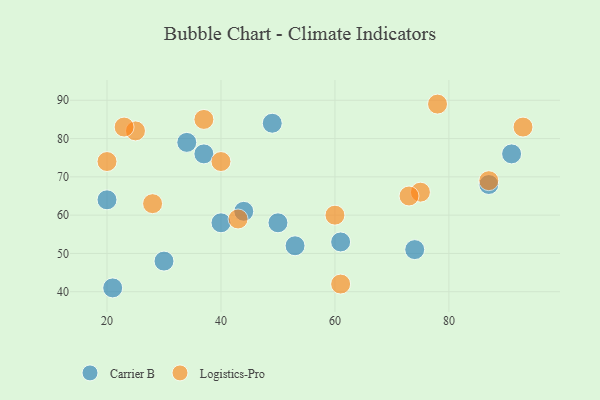
{"axis": {"x": "GDP", "y": "Life Expectancy"}, "legend": ["Carrier B", "Logistics-Pro"], "data": [{"x": "53", "y": 52, "type": "Carrier B"}, {"x": "91", "y": 76, "type": "Carrier B"}, {"x": "61", "y": 53, "type": "Carrier B"}, {"x": "44", "y": 61, "type": "Carrier B"}, {"x": "20", "y": 64, "type": "Carrier B"}, {"x": "34", "y": 79, "type": "Carrier B"}, {"x": "74", "y": 51, "type": "Carrier B"}, {"x": "50", "y": 58, "type": "Carrier B"}, {"x": "30", "y": 48, "type": "Carrier B"}, {"x": "49", "y": 84, "type": "Carrier B"}, {"x": "37", "y": 76, "type": "Carrier B"}, {"x": "21", "y": 41, "type": "Carrier B"}, {"x": "40", "y": 58, "type": "Carrier B"}, {"x": "87", "y": 68, "type": "Carrier B"}, {"x": "25", "y": 82, "type": "Logistics-Pro"}, {"x": "60", "y": 60, "type": "Logistics-Pro"}, {"x": "87", "y": 69, "type": "Logistics-Pro"}, {"x": "75", "y": 66, "type": "Logistics-Pro"}, {"x": "78", "y": 89, "type": "Logistics-Pro"}, {"x": "43", "y": 59, "type": "Logistics-Pro"}, {"x": "93", "y": 83, "type": "Logistics-Pro"}, {"x": "73", "y": 65, "type": "Logistics-Pro"}, {"x": "23", "y": 83, "type": "Logistics-Pro"}, {"x": "20", "y": 74, "type": "Logistics-Pro"}, {"x": "28", "y": 63, "type": "Logistics-Pro"}, {"x": "37", "y": 85, "type": "Logistics-Pro"}, {"x": "61", "y": 42, "type": "Logistics-Pro"}, {"x": "40", "y": 74, "type": "Logistics-Pro"}]}